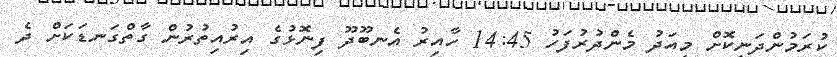
ކުރަމުންދަނިކޮށް މިއަދު މެންދުރުފަހު 14:45 ހާއިރު އެނބޫދޫ ފިނޮޅުގެ އިރުއިތުރުން ގާތްގަނޑަކަށް ދެ